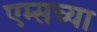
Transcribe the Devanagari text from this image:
एम्सच्या